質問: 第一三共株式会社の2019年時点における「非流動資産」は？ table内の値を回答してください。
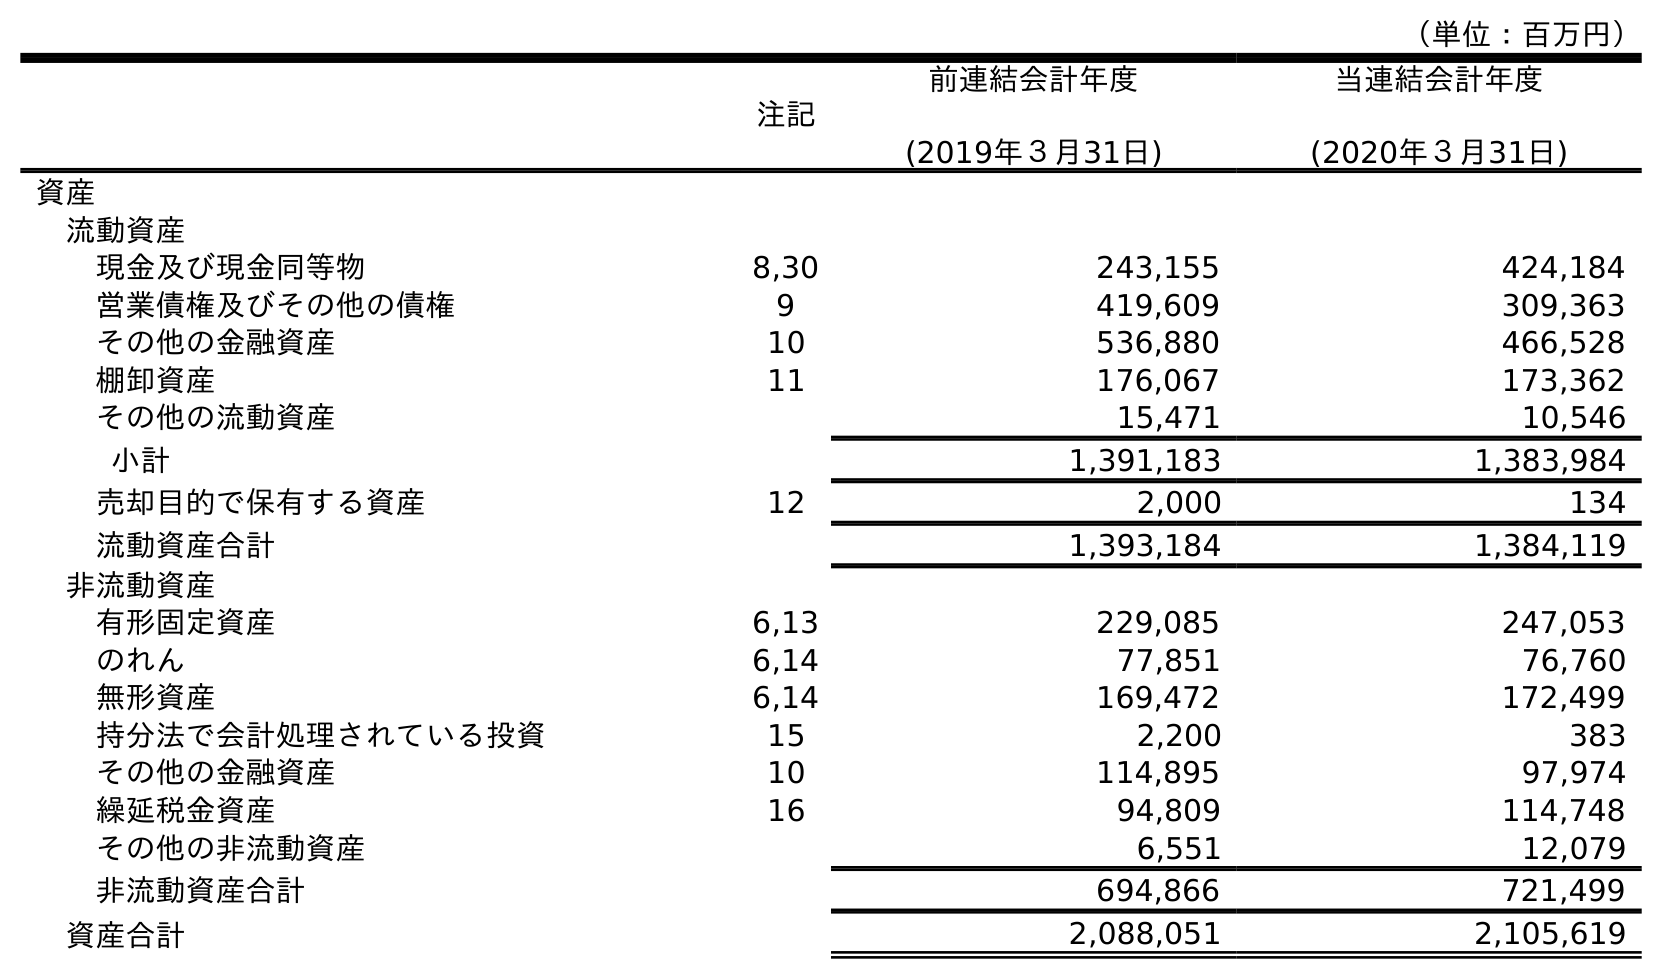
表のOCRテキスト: （単位：百万円） 注記 前連結会計年度 (2019年３月31日) 当連結会計年度 (2020年３月31日) 資産 流動資産 現金及び現金同等物 8,30 243,155 424,184 営業債権及びその他の債権 9 419,609 309,363 その他の金融資産 10 536,880 466,528 棚卸資産 11 176,067 173,362 その他の流動資産 15,471 10,546 小計 1,391,183 1,383,984 売却目的で保有する資産 12 2,000 134 流動資産合計 1,393,184 1,384,119 非流動資産 有形固定資産 6,13 229,085 247,053 のれん 6,14 77,851 76,760 無形資産 6,14 169,472 172,499 持分法で会計処理されている投資 15 2,200 383 その他の金融資産 10 114,895 97,974 繰延税金資産 16 94,809 114,748 その他の非流動資産 6,551 12,079 非流動資産合計 694,866 721,499 資産合計 2,088,051 2,105,619
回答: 694,866